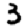
Digit: 3